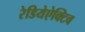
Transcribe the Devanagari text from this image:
रेडियेऐक्टिव